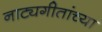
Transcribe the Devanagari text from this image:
नाट्यगीतांच्या